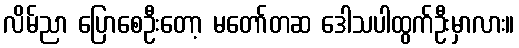
လိမ်ညာ ပြောစေဦးတော့ မတော်တဆ ဒေါသပါထွက်ဦးမှာလား။